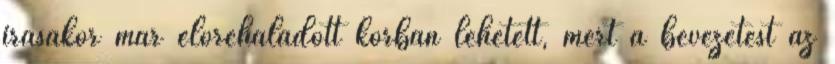
irásakor már előrehaladott korban lehetett, mert a bevezetést az